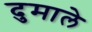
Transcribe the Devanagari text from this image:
दुमाले